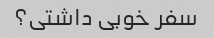
سفر خوبی داشتی؟